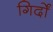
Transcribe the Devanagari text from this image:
गिर्दों